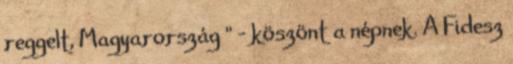
reggelt, Magyarország " - köszönt a népnek. A Fidesz